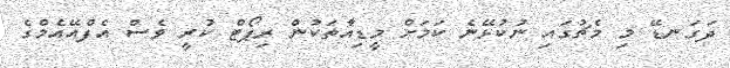
ދަގަނޑޭ މި މެޗުގައި ނުކުޅޭނެ ކަމަށް މީޑިއާތަކުން ރިޕޯޓް ކުރީ ވެސް އެފްއޭއެމްގެ